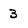
Character: 3